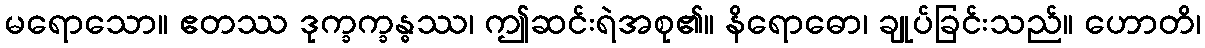
မရောသော။ ဧတဿ ဒုက္ခက္ခန္ဓဿ၊ ဤဆင်းရဲအစု၏။ နိရောဓော၊ ချုပ်ခြင်းသည်။ ဟောတိ၊